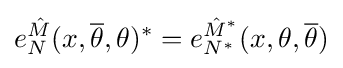
e_{N}^{\hat {M}}(x,{\overline {\theta }},\theta )^{*}=e_{N^{*}}^{{\hat {M}}^{*}}(x,\theta ,{\overline {\theta }})